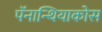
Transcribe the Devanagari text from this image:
पॅनान्थियाकोस